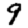
Digit: 9